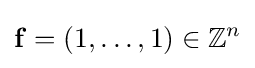
\mathbf {f} =(1,\ldots ,1)\in \mathbb {Z} ^{n}